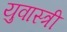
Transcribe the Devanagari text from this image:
युवास्त्री